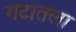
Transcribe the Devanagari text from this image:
गटातला